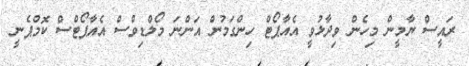
ރައީސް ޔާމީން މިހެން ވިދާޅުވީ އެއާޕޯޓް ހިންގަމުން އަންނަ މޯލްޑިވްސް އެއާޕޯޓްސް ކޮމްޕެނީ